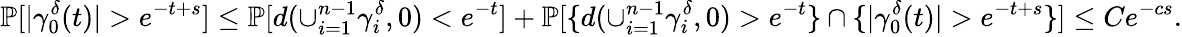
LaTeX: \mathbb{P}[|\gamma_{0}^{\delta}(t)|>e^{-t+s}]\le\mathbb{P}[d(\cup_{i=1}^{n-1}\gamma_{i}^{\delta},0)<e^{-t}]+\mathbb{P}[\{ d(\cup_{i=1}^{n-1}\gamma_{i}^{\delta},0)>e^{-t}\} \cap\{ |\gamma_{0}^{\delta}(t)|>e^{-t+s}\} ]\le Ce^{-cs}.